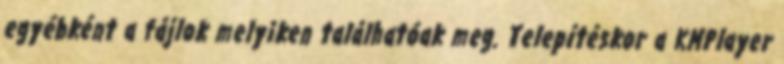
egyébként a fájlok melyiken találhatóak meg. Telepítéskor a KMPlayer